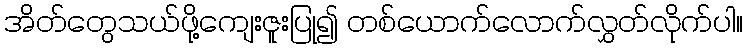
အိတ်တွေသယ်ဖို့ကျေးဇူးပြု၍ တစ်ယောက်လောက်လွှတ်လိုက်ပါ။